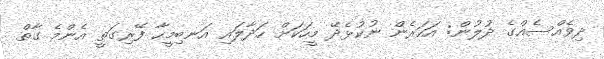
ދިވެއްސެއްގެ ދުލުން: އަހަރެން ނުކުޅެދޭ މީހަކަށް ހަދާލައި އަނބިމީހާ ފޭރިގަތީ އެންމެ ގާތް